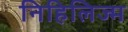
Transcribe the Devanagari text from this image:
निहिलिज्म